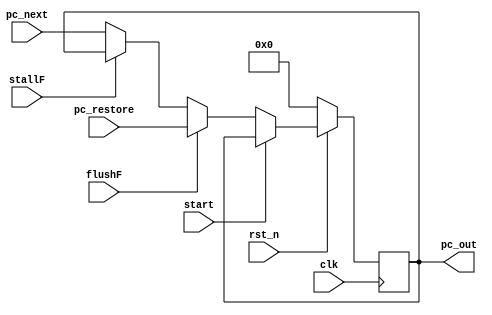
module IF_register (
        input clk,rst_n
    ,   input stallF
    ,   input flushF    
    ,   input start
    ,   input   [31:0]  pc_restore
    ,   input   [31:0]  pc_next
    ,   output reg [31:0]  pc_out
);
    always @(posedge clk) begin
        if (!rst_n) begin
            pc_out <= 32'b0;
        end
        else if (start) begin
            pc_out <= pc_out;
        end
        else if (flushF) begin
            pc_out <= pc_restore;
        end
        else if (stallF) begin
            pc_out <= pc_out;
        end
        else pc_out <= pc_next;
    end
endmodule